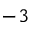
^ { - 3 }